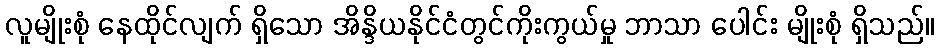
လူမျိုးစုံ နေထိုင်လျက် ရှိသော အိန္ဒိယနိုင်ငံတွင်ကိုးကွယ်မှု ဘာသာ ပေါင်း မျိုးစုံ ရှိသည်။